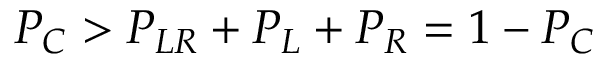
P _ { C } > P _ { L R } + P _ { L } + P _ { R } = 1 - P _ { C }